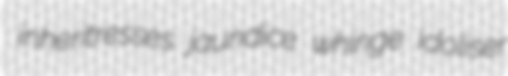
inheritresses jaundice whinge idoliser